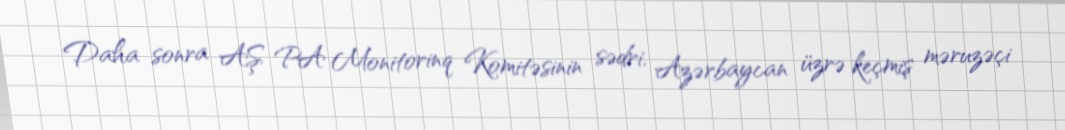
Daha sonra AŞ PA Monitorinq Komitəsinin sədri, Azərbaycan üzrə keçmiş məruzəçi